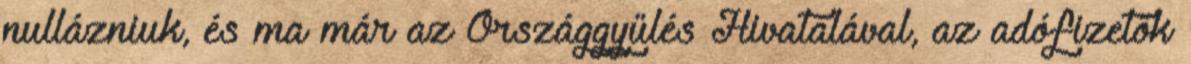
nullázniuk, és ma már az Országgyűlés Hivatalával, az adófizetők